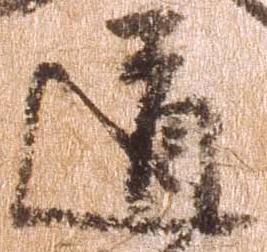
道